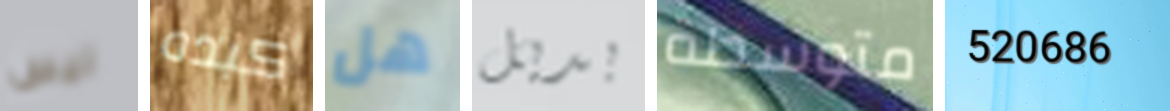
ليس كبده هل بديل متوسطة 520686